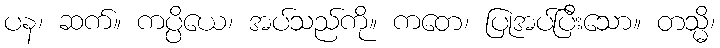
ပန၊ ဆက်။ ကပ္ပိယေ၊ အပ်သည်ကို။ ကတေ၊ ပြုအပ်ပြီးသော။ တသ္မိ၊